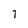
Character: 1